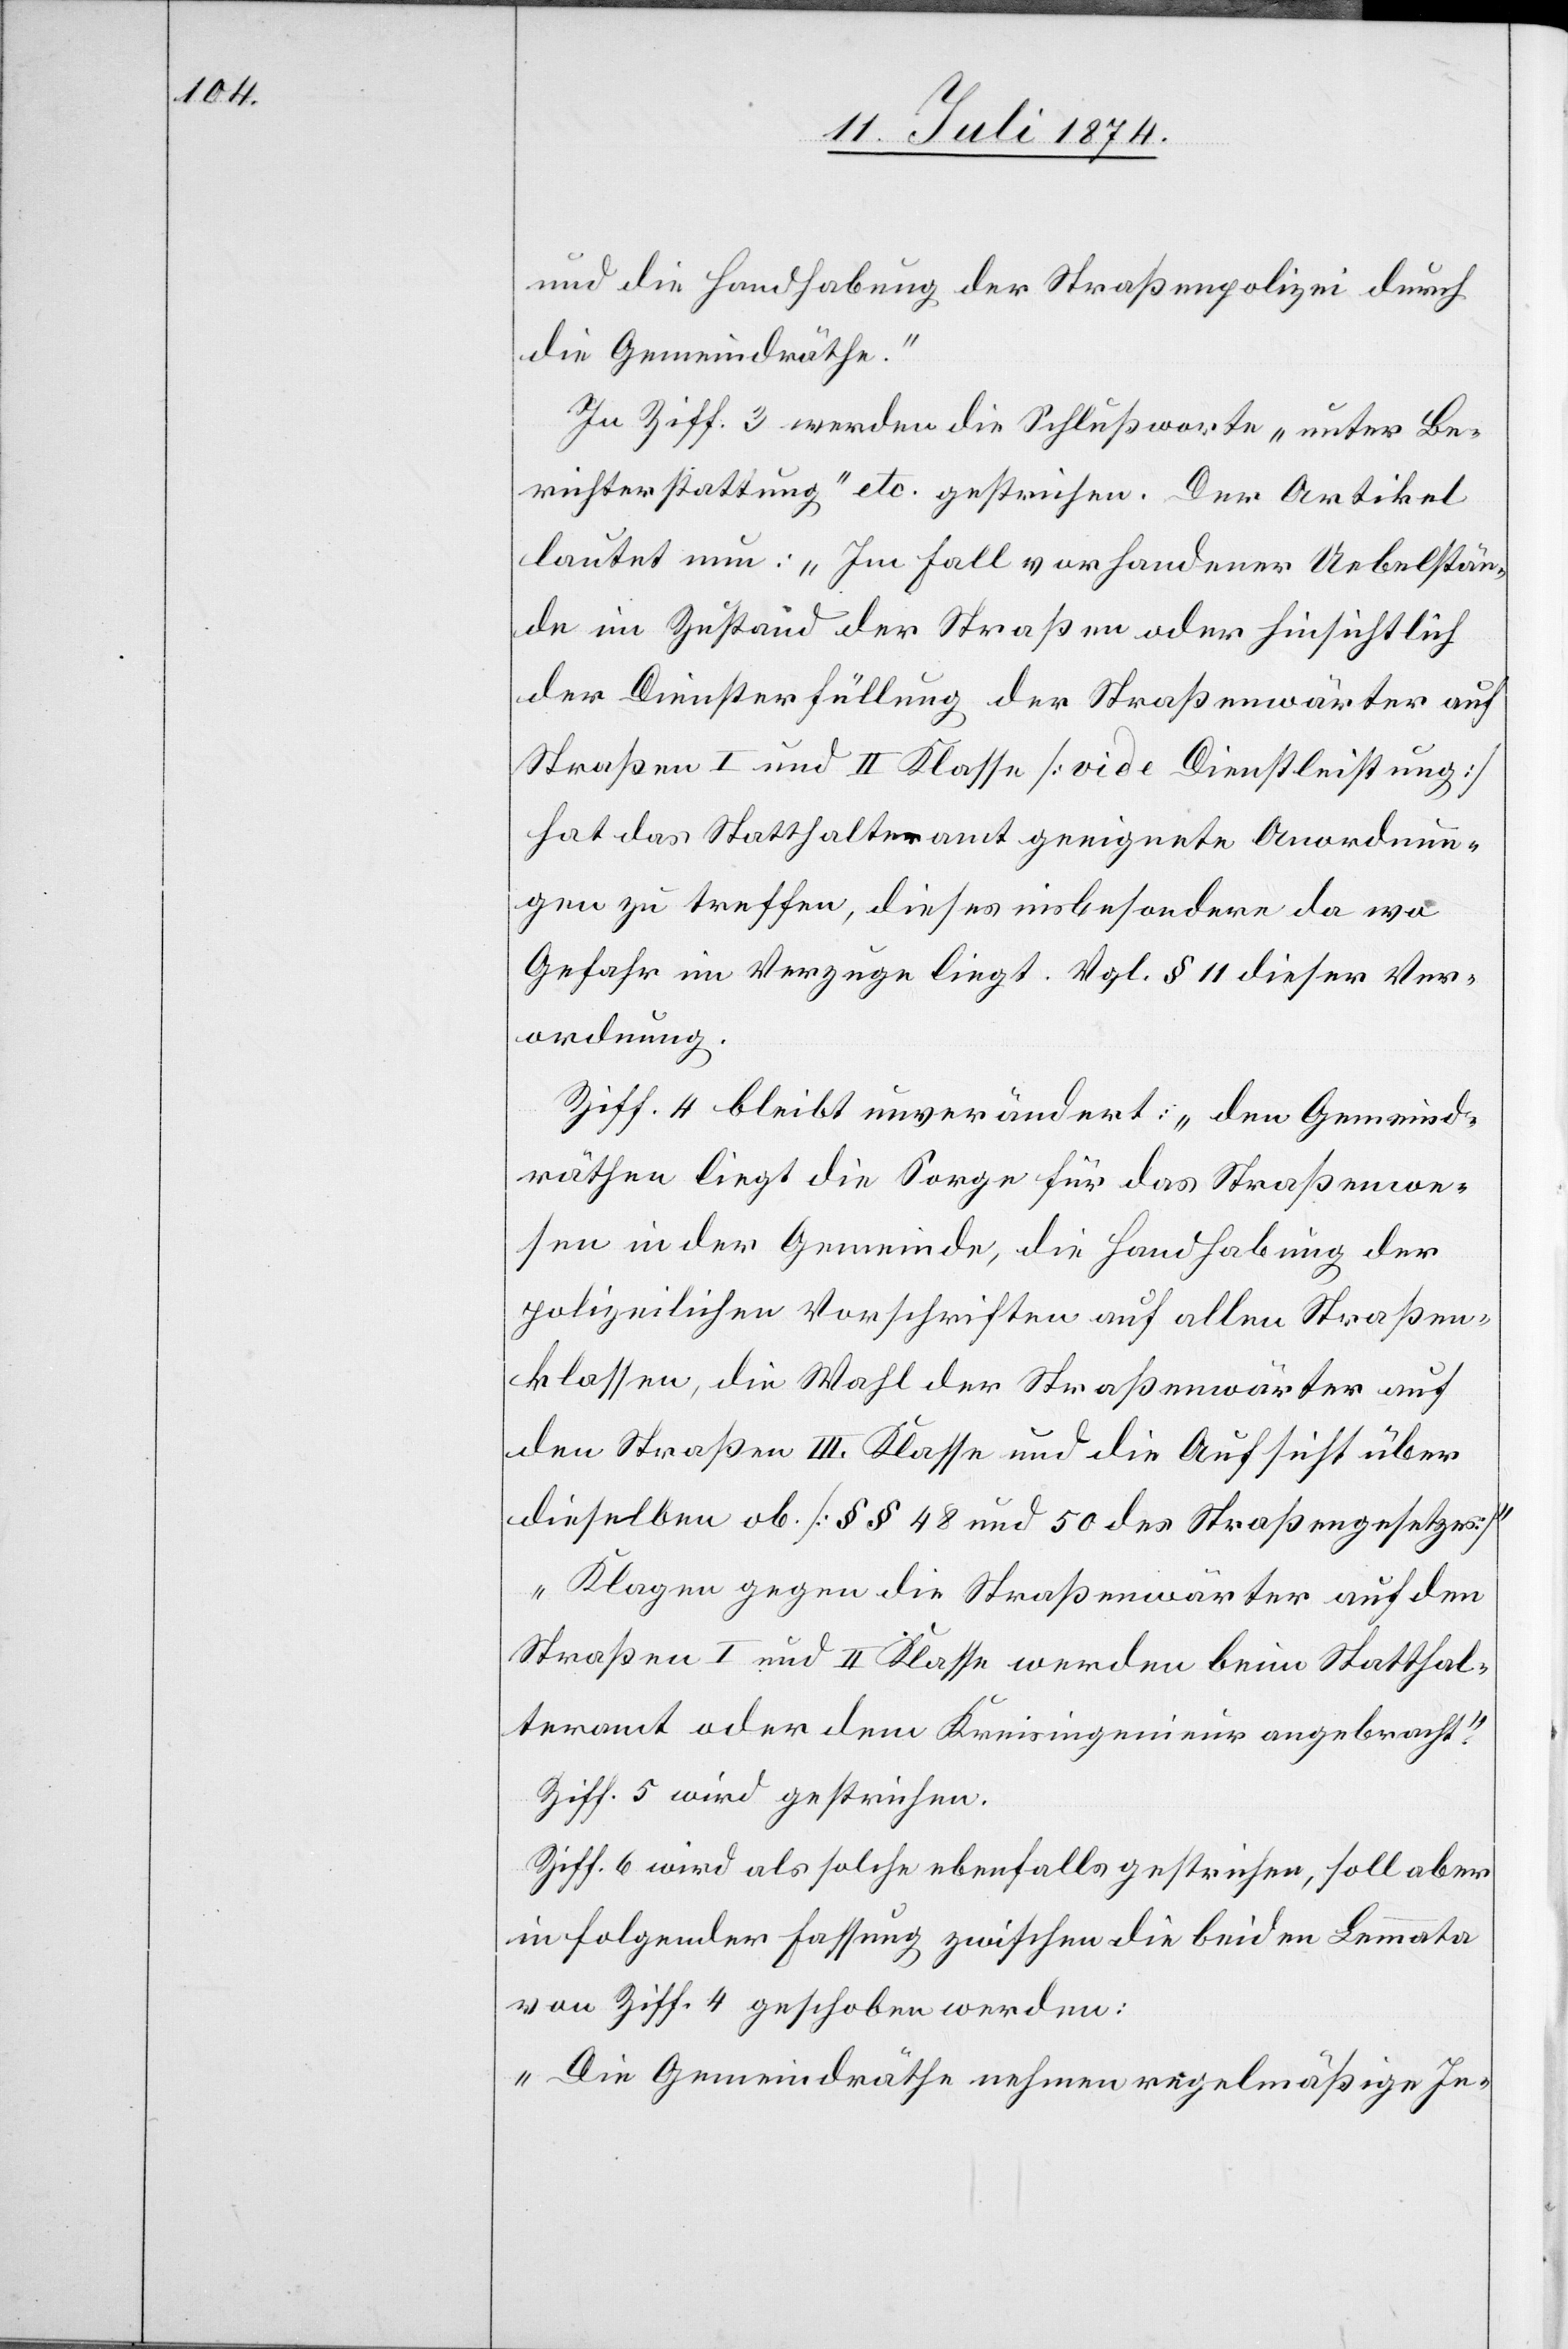
und die Handhabung der Straßenpolizei durch
die Gemeindräthe.“
In Ziff. 3 werden die Schlußworte „unter Be¬
richterstattung“ etc. gestrichen. Der Artikel
lautet nun: „Im Fall vorhandener Uebelstän¬
de im Zustand der Straßen oder hinsichtlich
der Diensterfüllung der Straßenwärter auf
Straßen I. und II. Klasse [vide Dienstleistung]
hat das Statthalteramt geeignete Anordnun¬
gen zu treffen, dieses insbesondere da wo
Gefahr im Verzuge liegt. Vgl. § 11 dieser Ver¬
ordnung.[“]
Ziff. 4 bleibt unverändert: „den Gemeind¬
räthen liegt die Sorge für das Straßenwe¬
sen in der Gemeinde, die Handhabung der
polizeilichen Vorschriften auf allen Straßen¬
klassen, die Wahl der Straßenwärter auf
den Straßen III. Klasse und die Aufsicht über
dieselben ob [§§ 48 und 50 des Straßengesetzes]“
„Klagen gegen die Straßenwärter auf den
Straßen I. und II. Klasse werden beim Statthal¬
teramt oder dem Kreisingenieur angebracht.“
Ziff. 5 wird gestrichen.
Ziff. 6 wird als solche ebenfalls gestrichen, soll aber
in folgender Fassung zwischen die beiden Lemmata
von Ziff. 4 geschoben werden:
„Die Gemeindräthe nehmen regelmäßige In-